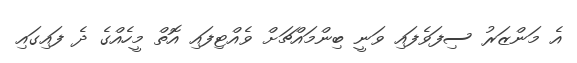
އެ މަންޒަރު ސިފަވެފައި ވަނީ ބިންމައްޗަށް ވެއްޓިފައި އޮތް މީހެއްގެ ދެ ފައިގައި